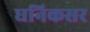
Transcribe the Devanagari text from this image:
धनिकसर